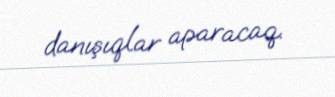
danışıqlar aparacaq.